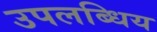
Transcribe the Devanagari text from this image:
उपलब्धिय